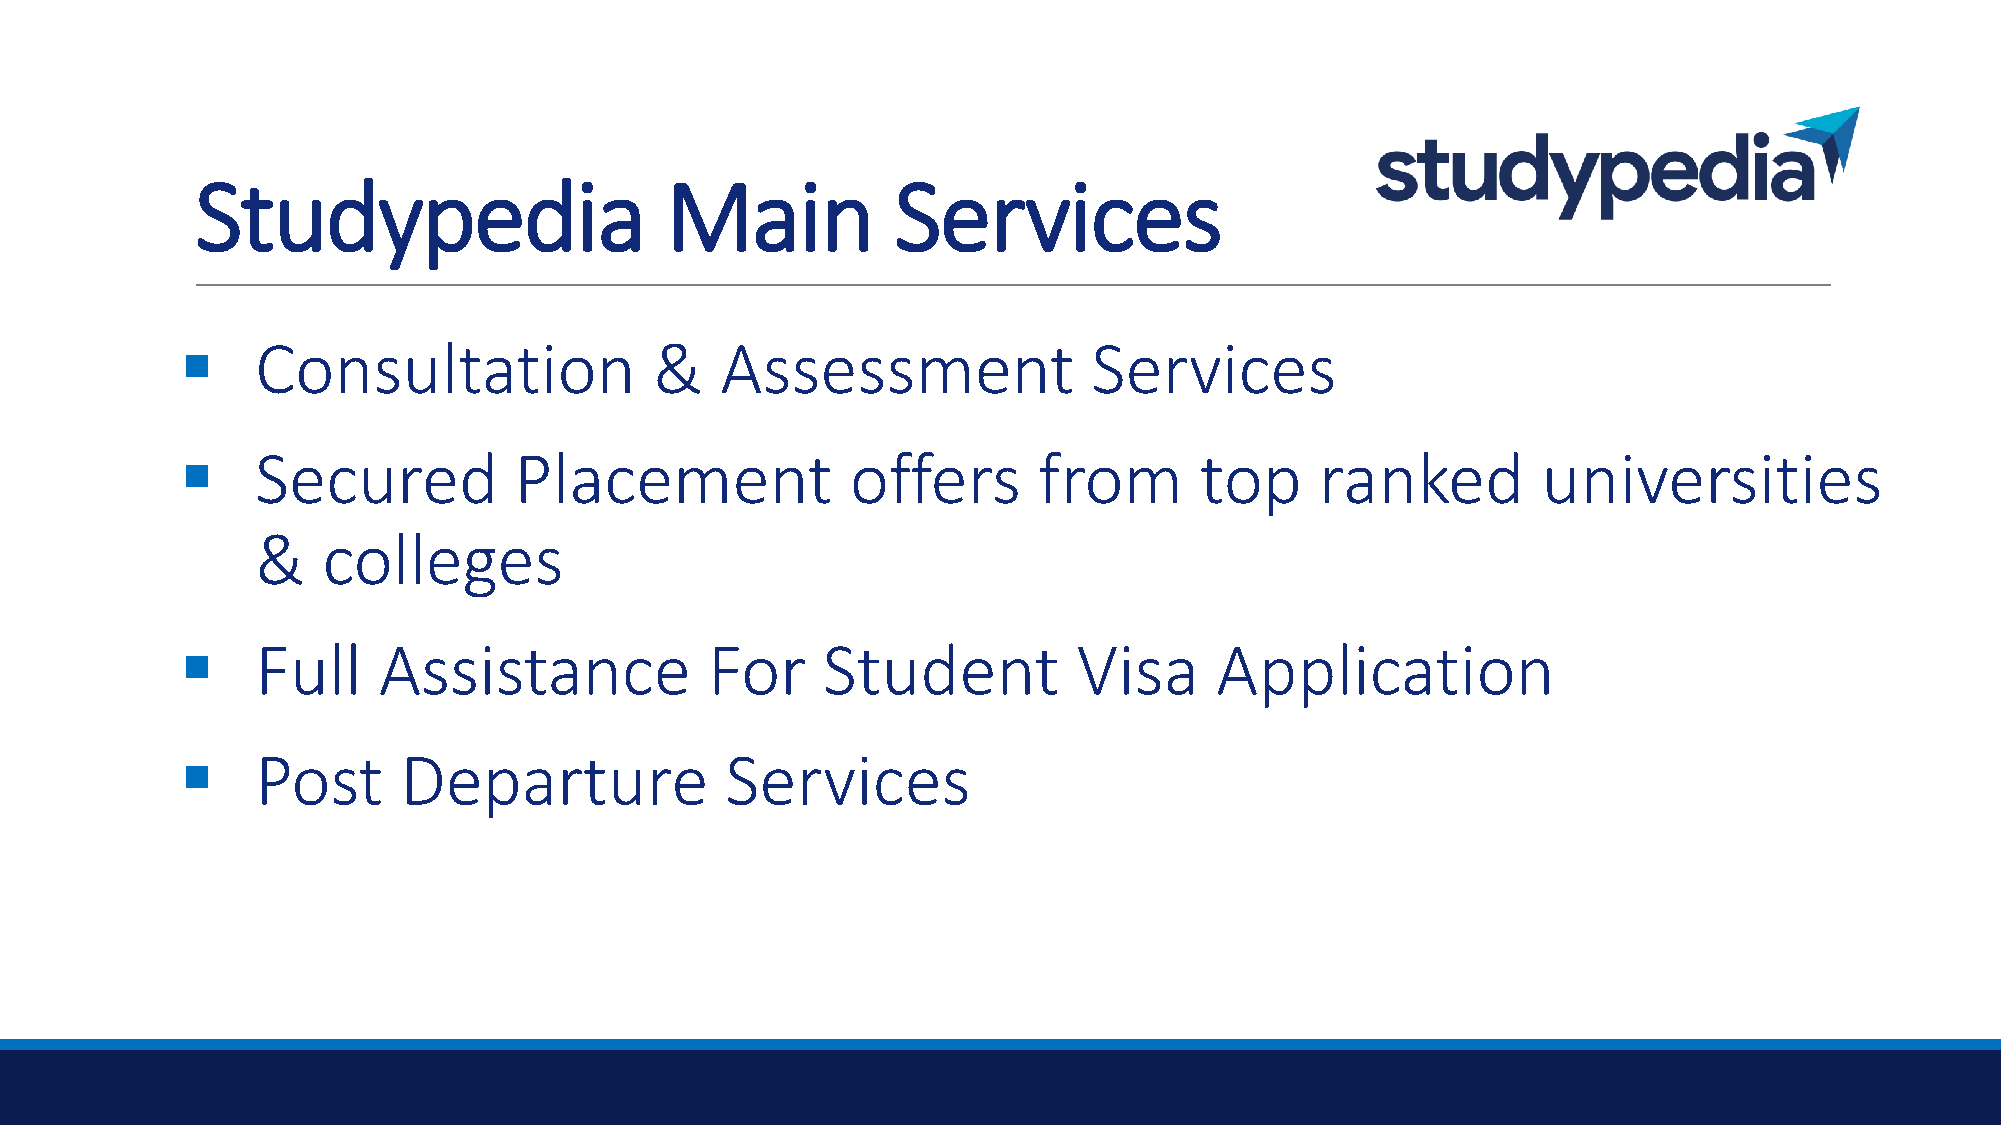
Studypedia                     Main           Services
 ▪    Consultation              &    Assessment              Services
 ▪    Secured          Placement             offers       from      top     ranked         universities
 &   colleges
 ▪    Full    Assistance            For    Student          Visa     Application
 ▪    Post     Departure             Services